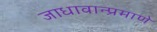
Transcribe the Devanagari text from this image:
जाधावान्प्रमाणे